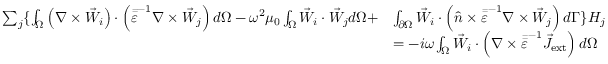
\begin{array} { r l } { \sum _ { j } \{ \int _ { \Omega } \left( \nabla \times \vec { W } _ { i } \right) \cdot \left( \bar { \bar { \varepsilon } } ^ { - 1 } \nabla \times \vec { W } _ { j } \right) d \Omega - \omega ^ { 2 } \mu _ { 0 } \int _ { \Omega } \vec { W } _ { i } \cdot \vec { W } _ { j } d \Omega + } & { \int _ { \partial \Omega } \vec { W } _ { i } \cdot \left( \hat { n } \times \bar { \bar { \varepsilon } } ^ { - 1 } \nabla \times \vec { W } _ { j } \right) d \Gamma \} H _ { j } } \\ & { = - i \omega \int _ { \Omega } \vec { W } _ { i } \cdot \left( \nabla \times \bar { \bar { \varepsilon } } ^ { - 1 } \vec { J } _ { \mathrm { e x t } } \right) d \Omega } \end{array}